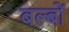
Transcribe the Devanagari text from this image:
बल्‍बों